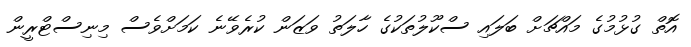
އޮތް ގުޅުމުގެ މައްޗަށް ބަލައި ސްކޫލުތަކުގެ ހާލަތު ވަޒަން ކުރެވޭނެ ކަމަށްވެސް މިނިސްޓްރީން